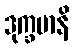
ဒုက္ခမာနိ